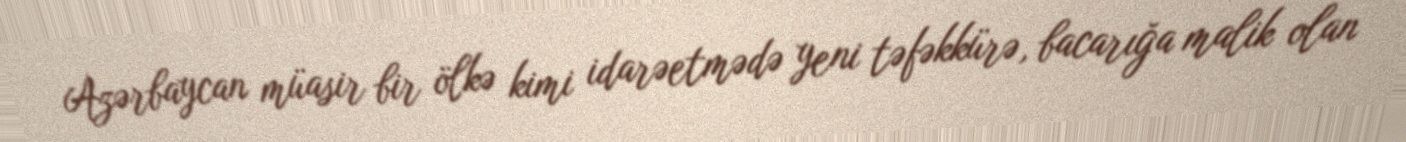
Azərbaycan müasir bir ölkə kimi idarəetmədə yeni təfəkkürə, bacarığa malik olan